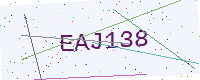
Text: EAJ138